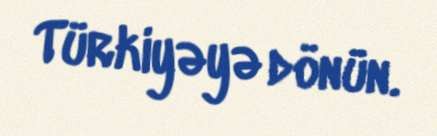
Türkiyəyə dönün.